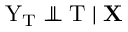
\mathrm { Y } _ { \mathrm { T } } \perp \! \! \! \! \perp \mathrm { T } \mid \mathbf { X }